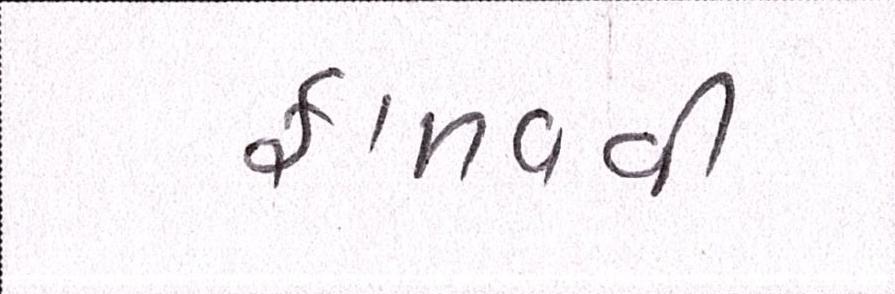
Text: ફાળવવી